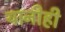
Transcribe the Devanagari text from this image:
यानीही